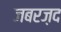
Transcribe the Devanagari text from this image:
जबरज़द